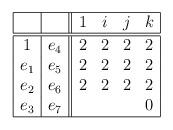
LaTeX: \begin{align*}\begin{array}{|c|c||cccc|}\hline & & 1 & i & j & k \\\hline\hline1 & e_{4} & 2 & 2 & 2 & 2 \\e_{1} & e_{5} & 2 & 2 & 2 & 2 \\e_{2} & e_{6} & 2 & 2 & 2 & 2 \\e_{3} & e_{7} & & & & 0 \\\hline\end{array}\end{align*}